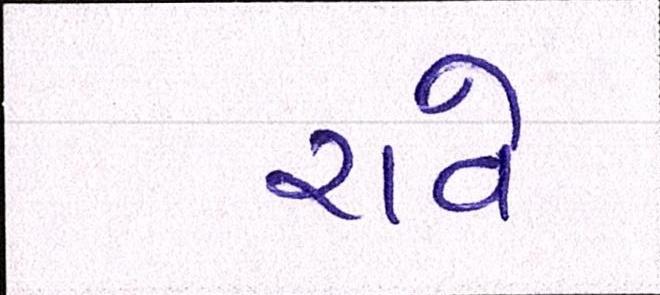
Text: રાવે